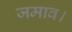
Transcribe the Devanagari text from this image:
जमाव।